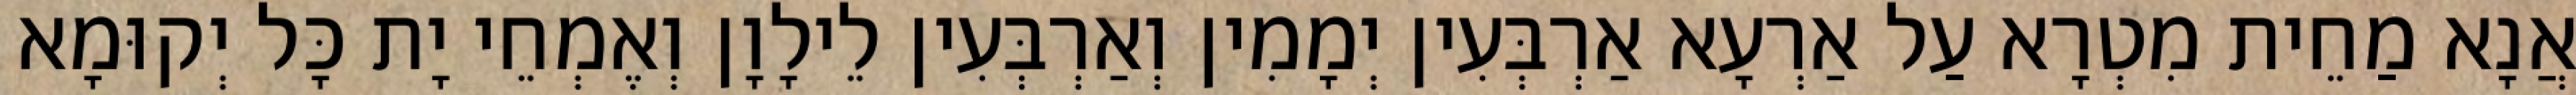
אֲנָא מַחֵית מִטְרָא עַל אַרְעָא אַרְבְּעִין יְמָמִין וְאַרְבְּעִין לֵילָוָן וְאֶמְחֵי יָת כָּל יְקוּמָא